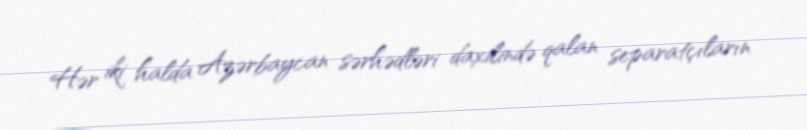
Hər iki halda Azərbaycan sərhədləri daxilində qalan separatçıların